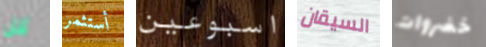
كل أستثمر اسبوعين السيقان خضروات